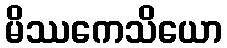
မိဿကေသိယော